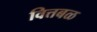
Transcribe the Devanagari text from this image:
वित्तबळ